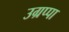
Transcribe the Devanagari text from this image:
उग्रप्पा